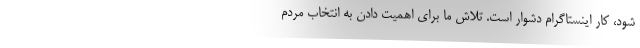
شود، کار اینستاگرام دشوار است. تلاش ما برای اهمیت دادن به انتخاب مردم